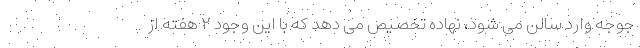
جوجه وارد سالن می شود، نهاده تخصیص می دهد که با این وجود ۲ هفته از